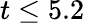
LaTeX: t\leq 5.2